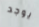
يوجد